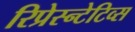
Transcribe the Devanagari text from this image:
रिप्रेस्न्टेटिव्स